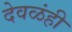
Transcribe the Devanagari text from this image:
देवळंही